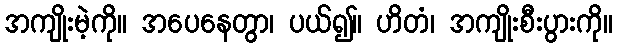
အကျိုးမဲ့ကို။ အပေနေတွာ၊ ပယ်၍။ ဟိတံ၊ အကျိုးစီးပွားကို။